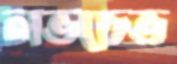
লভচেভ